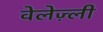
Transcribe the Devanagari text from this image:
वेलेज़्ली